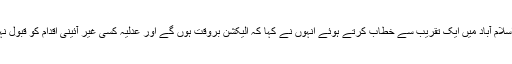
جمعرات کو اسلام آباد میں ایک تقریب سے خطاب کرتے ہوئے انہوں نے کہا کہ الیکشن بروقت ہوں گے اور عدلیہ کسی غیر آئینی اقدام کو قبول نہیں کرے گی۔